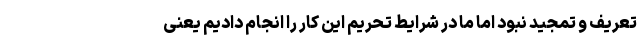
تعریف و تمجید نبود اما ما در شرایط تحریم این کار را انجام دادیم یعنی